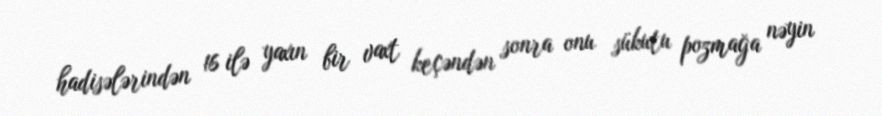
hadisələrindən 16 ilə yaxın bir vaxt keçəndən sonra onu sükutu pozmağa nəyin